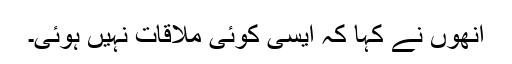
اُنھوں نے کہا کہ ایسی کوئی ملاقات نہیں ہوئی۔